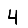
Digit: 4